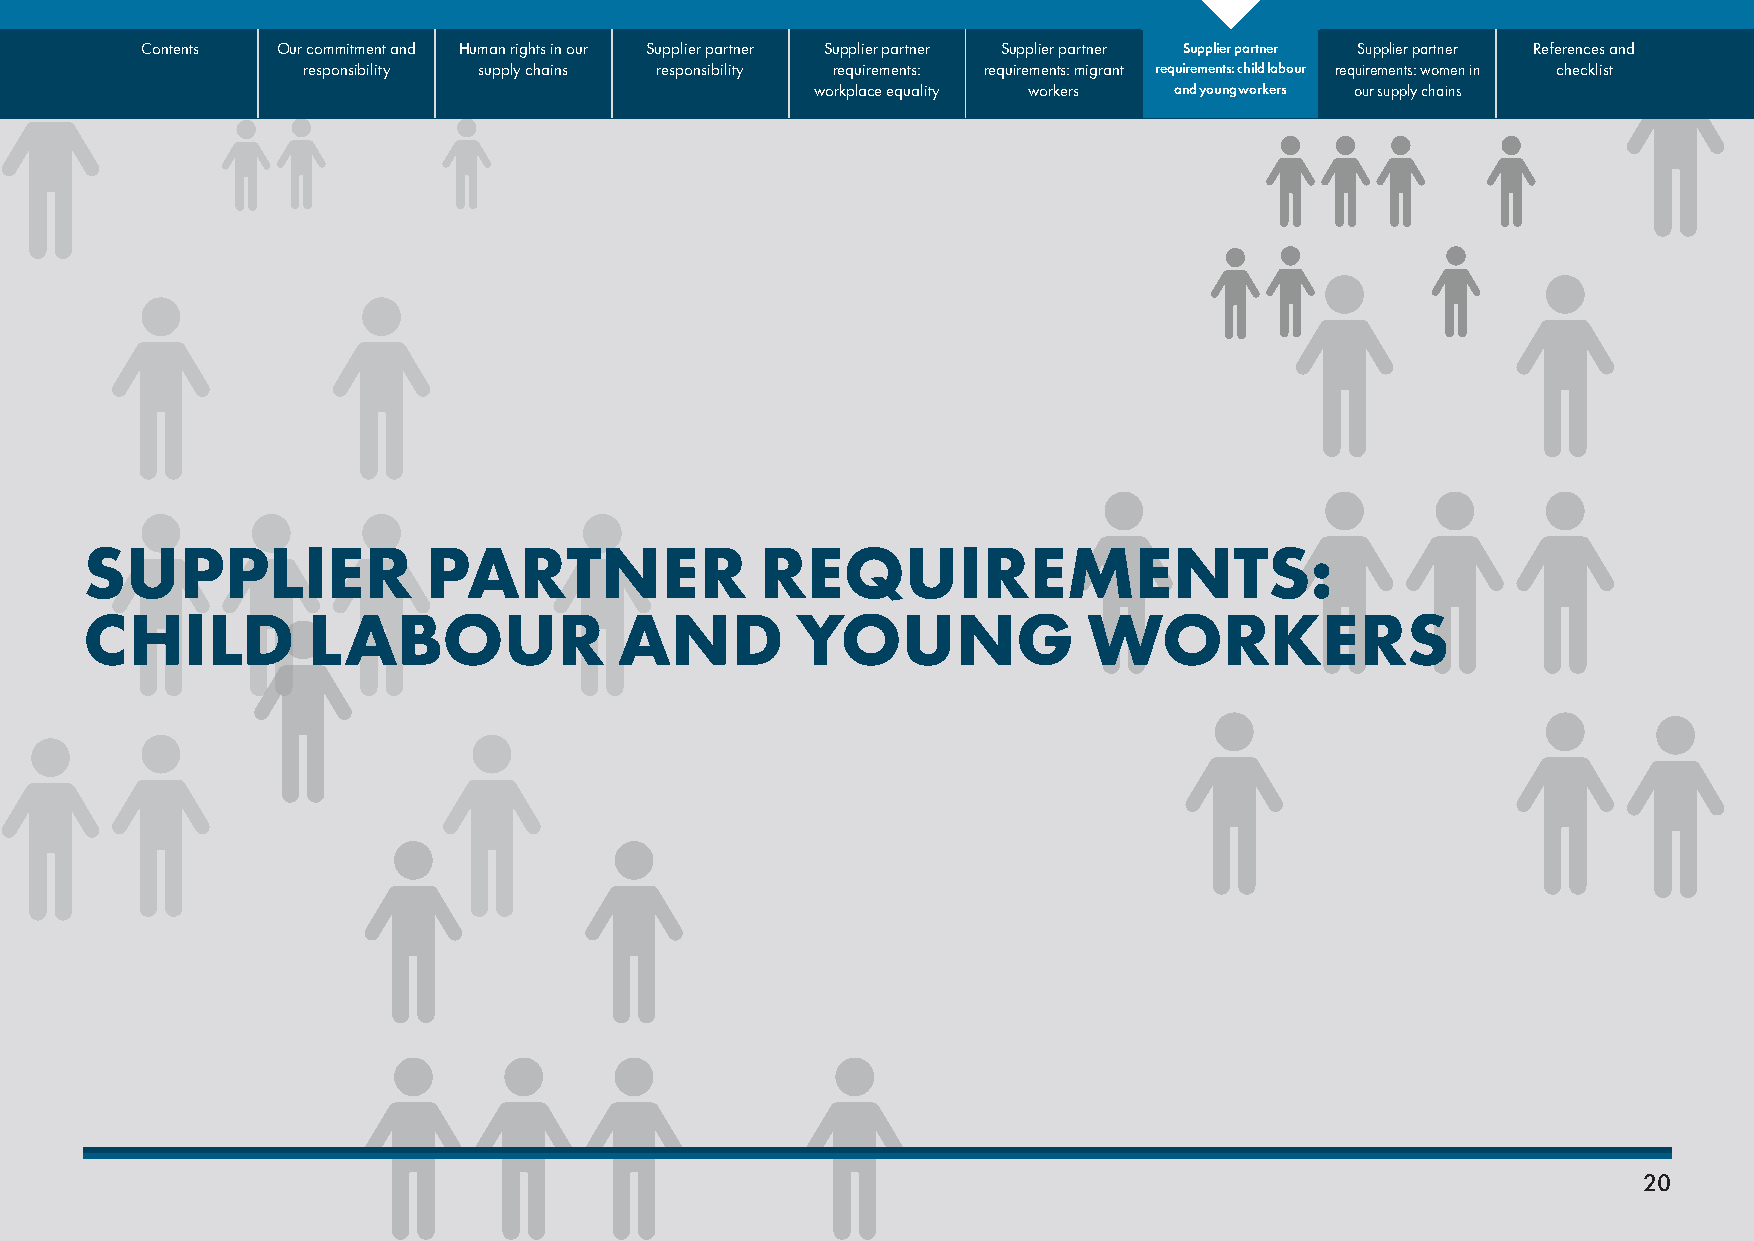
Contents Our commitment and Human rights in our Supplier partner Supplier partner Supplier partner Supplier partner Supplier partner References and
 responsibility supply chains responsibility requirements: requirements: migrant requirements: child labour requirements: women in checklist
 workplace equality workers and young workers our supply chains
 SUPPLIER               PARTNER               REQUIREMENTS:
 CHILD          LABOUR               AND         YOUNG              WORKERS
 20